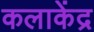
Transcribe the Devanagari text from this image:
कलाकेंद्र